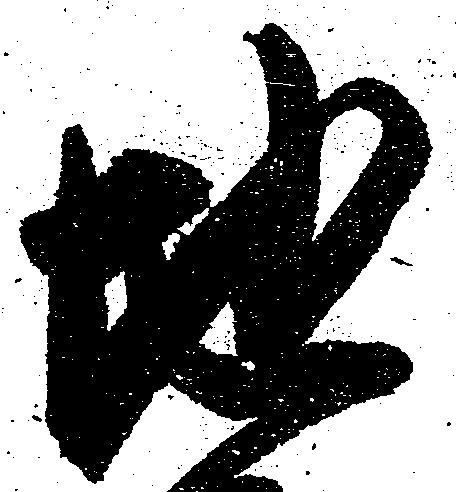
地